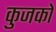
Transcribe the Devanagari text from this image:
कुजको